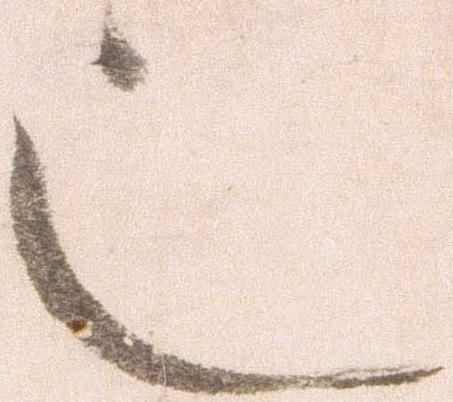
也